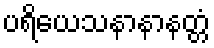
ပရိယေသနာနာနတ္တံ